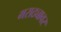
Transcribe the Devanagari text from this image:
मराठ्यावर